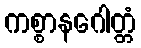
ကစ္စာနဂေါတ္တံ